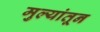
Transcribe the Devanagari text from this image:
मुल्यांतून